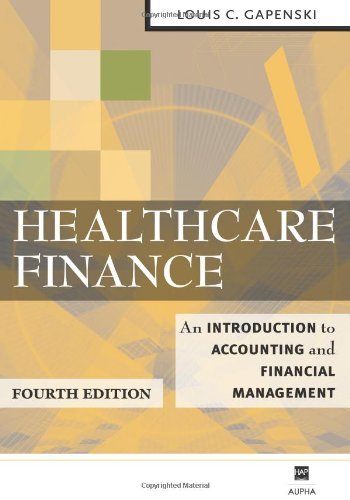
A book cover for Healthcare Finance: An Introduction to Accounting and Financial Management, Fourth Edition; Louis C. Gapenski; Medical Books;